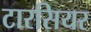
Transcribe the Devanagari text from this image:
टारसियर